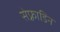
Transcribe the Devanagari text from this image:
सेफ़्राडिन